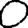
Digit: 0